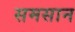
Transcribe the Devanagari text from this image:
समसान